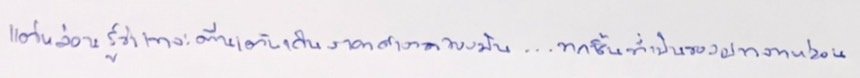
แต่หล่อนรู้ว่าเขาจะตื่นเต้นเกินราคาค่างวดของมัน...ทุกชิ้นที่เป็นของฝากจากหล่อน